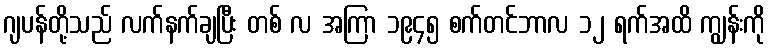
ဂျပန်တို့သည် လက်နက်ချပြီး တစ် လ အကြာ ၁၉၄၅ စက်တင်ဘာလ ၁၂ ရက်အထိ ကျွန်းကို